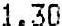
1.30